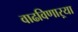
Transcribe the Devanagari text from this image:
वाढविणाऱ्या